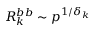
R _ { k } ^ { b b } \sim p ^ { 1 / \delta _ { k } }